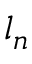
l _ { n }